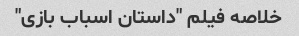
خلاصه فیلم "داستان اسباب بازی"